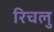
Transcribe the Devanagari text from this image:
रिचलु